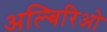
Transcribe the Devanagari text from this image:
अल्बिरिओ